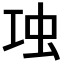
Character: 𧈬